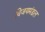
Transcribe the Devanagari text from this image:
विजयमंडल